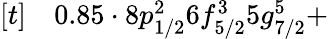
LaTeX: \begin{array}{rl}{[t]}&{{}0.85\cdot 8p_{1/2}^{2}6f_{5/2}^{3}5g_{7/2}^{5}+}\end{array}